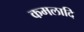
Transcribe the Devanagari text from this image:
कमलादि